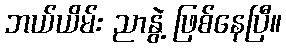
ဘယ်ယိမ်း ညာနွဲ့ ဖြစ်နေပြီ။